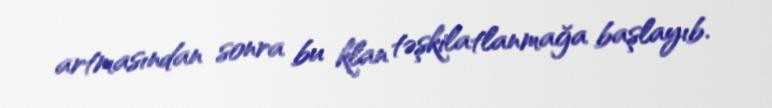
artmasından sonra bu klan təşkilatlanmağa başlayıb.